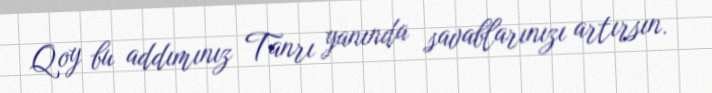
Qoy bu addımınız Tanrı yanında savablarınızı artırsın.